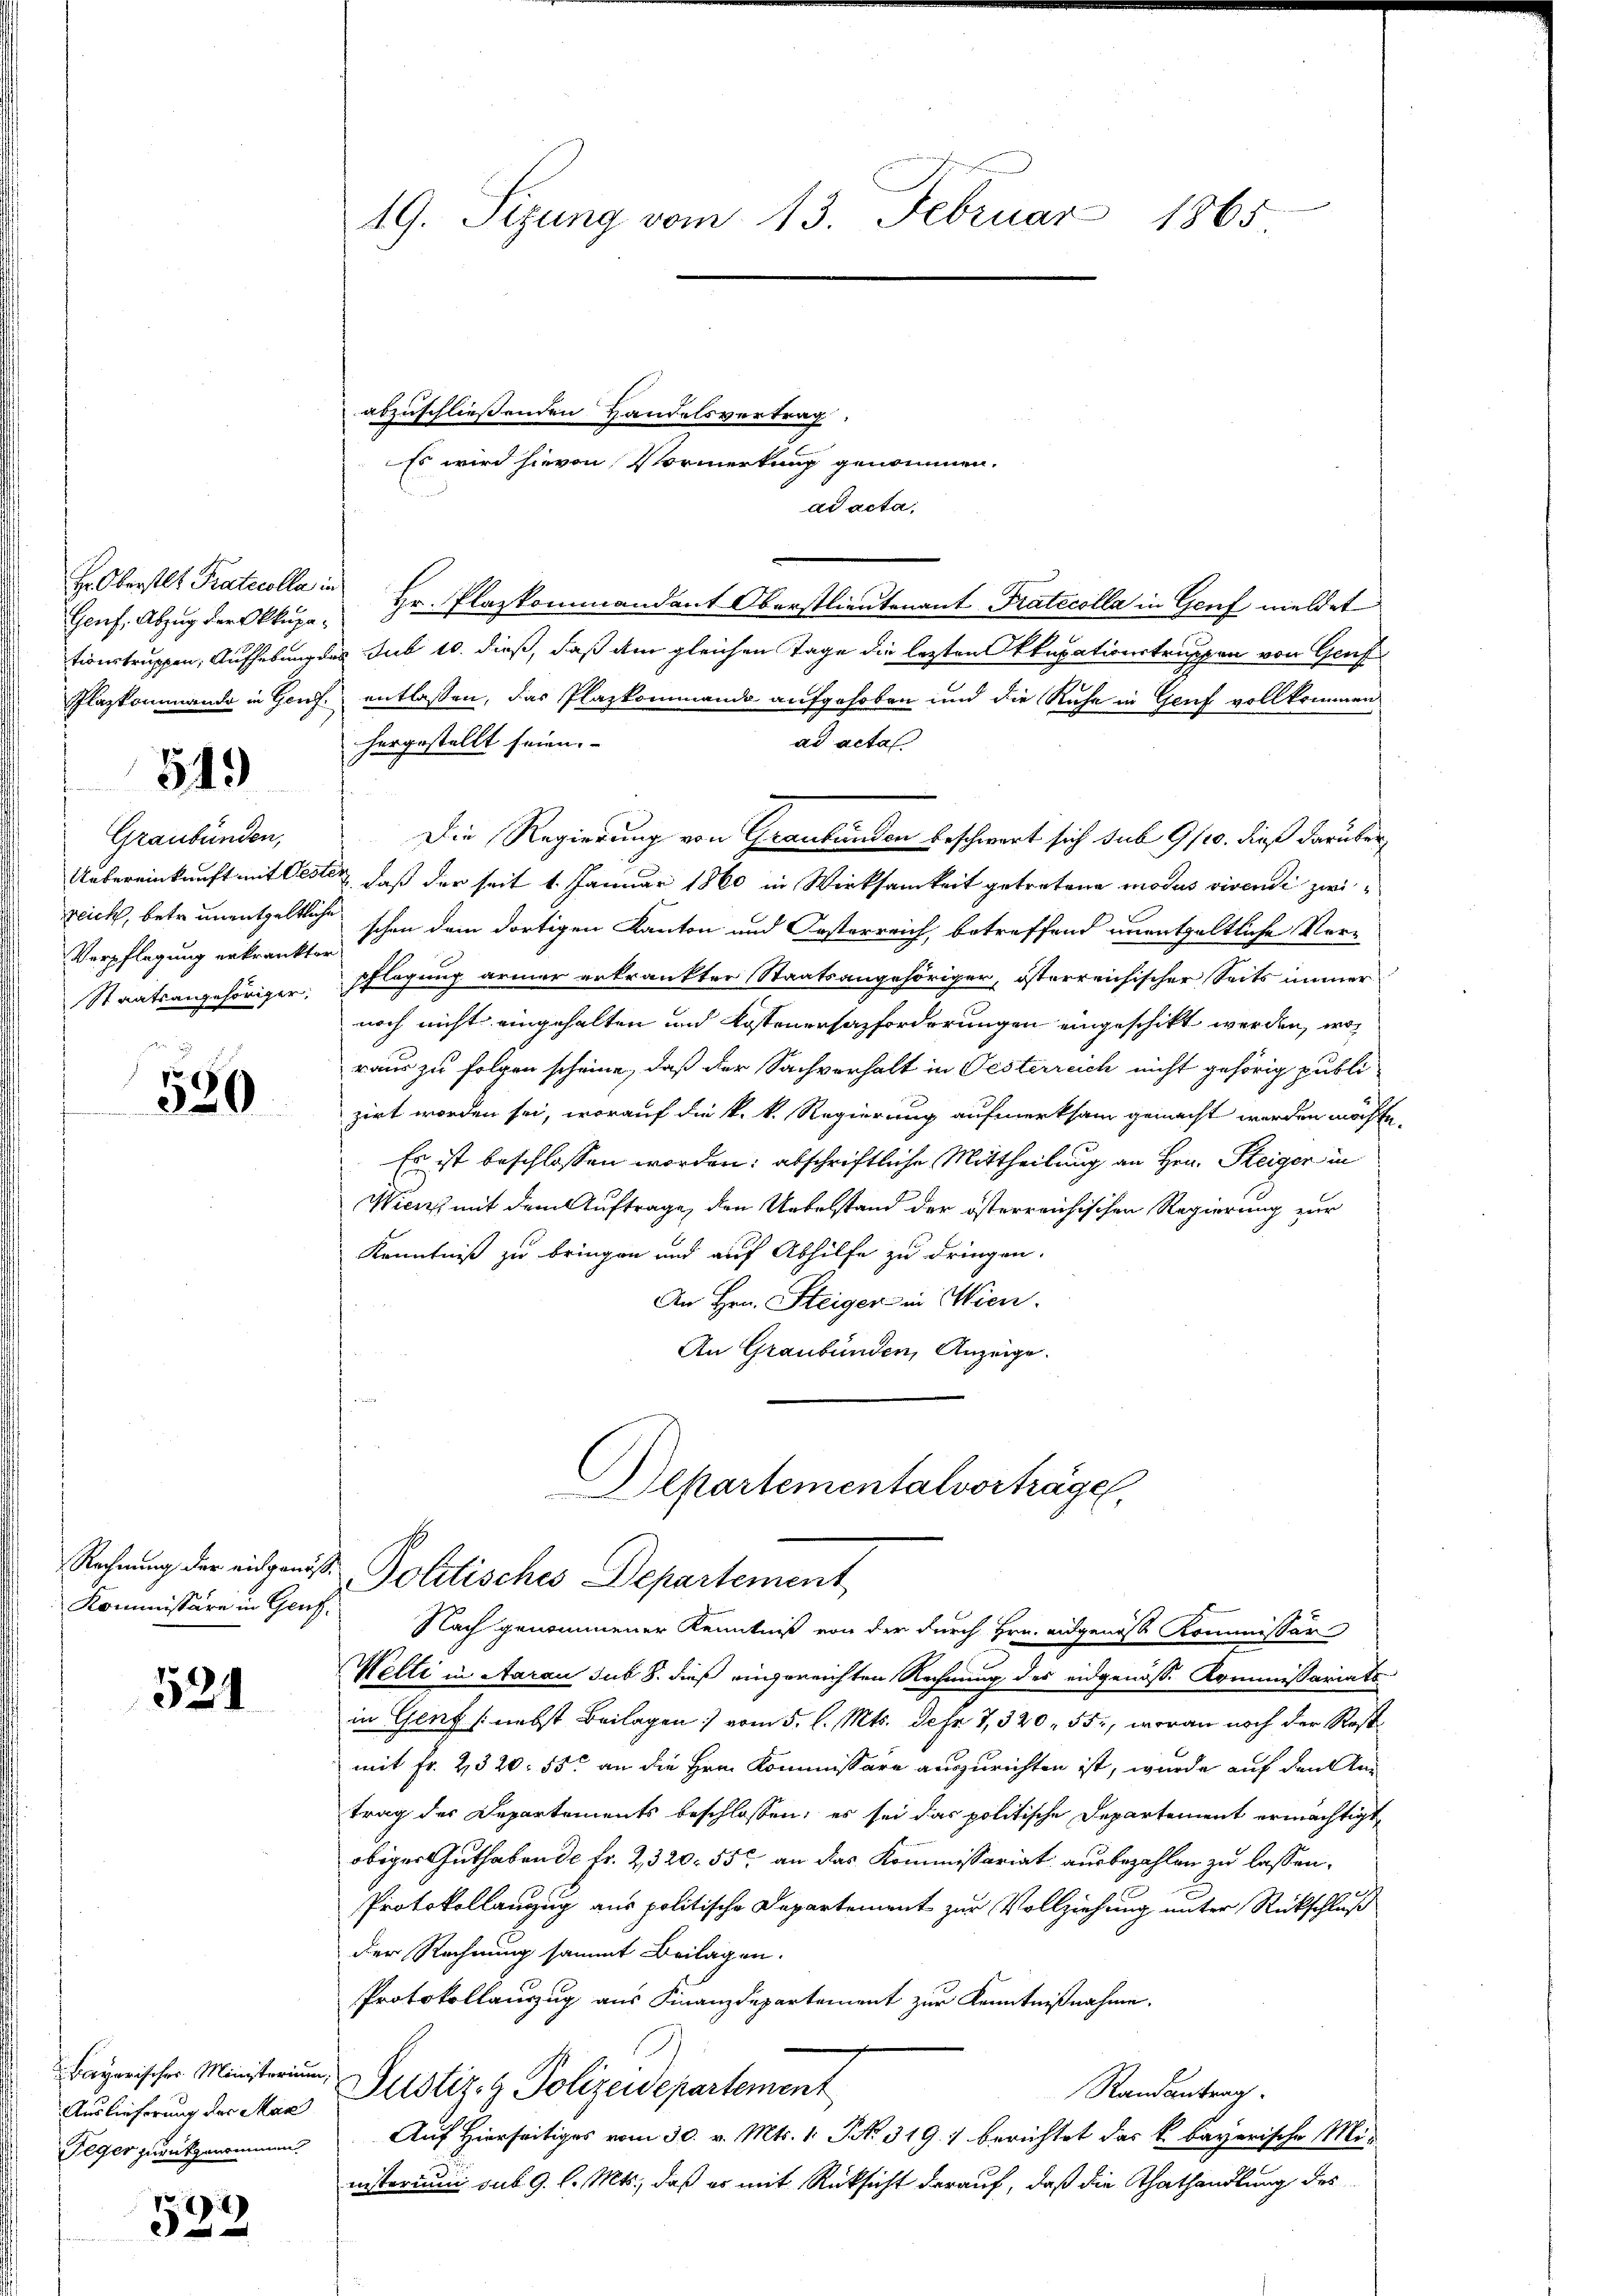
Genf. Abzug der Okkupa¬

549

Graubünden,
Verpflegung erkränkter

520

Rechnung der eidgenöß¬
Kommissäre in Genf.

521

Bayerischer Ministerium,
Auslieferung der Man
Feger zurückgenommen.

532

19. Sizung vom 13. Februar 1865

ad acta,
Heberstl. Protocolla in Hr. Plazkommandant Oberstlieutenant Pratecolla in Genf meldet
tionstruppen, Aufhebung des Sub 10. dieß, daß am gleichen Tage die lezten Okkupationstruppen von Genf
Plazkommando in Genf. entlassen, das Plazkommando aufgehoben und die Ruhe in Genf vollkommen
ad acta
hergestellt seien. |
Die Regierung von Graubünden beschwart sich sub 9/10. dieß darüber
Uebereinkunft mit Oester, daß der seit 1. Januar 1860 in Wirksamkeit getretene modus vivendi zwizeich, betr. unentgeltliche schon dem dortigen Kanton und Oesterreich, betreffend unentgeltliche Vor¬
Staatsangehöriger Pflegung armer erkrankter Staatsangehöriger, österreichischer Seits immer
noch nicht eingehalten und Kostenersazforderungen eingeschikt werden, wo
raus zu folgen scheine, daß der Sachverhalt in Oesterreich nicht gehörig publi-
zirt worden sei, worauf die k. k. Regierung aufmerksam gemacht werden möchte,
Es ist beschlossen worden: abschriftliche Mittheilung an Hrn. Steiger in
Wien mit dem Auftrage, den Uebelstand der österreichischen Regierung zur
Kenntniß zu bringen und auf Abhilfe zu dringen.
An Hrn. Steiger in Wien.
An Graubünden, Anzeige.

abzuschließenden Handelsvertrag.
Es wird hievon Vormerkung genommen.

Departementalvorträge,
Politisches Departement

Nach genommener Kenntniß von der durch Hrn. eidgenöß Kommissär
Welti in Aarau sub 8. dieß eingereichten Rechnung des eidgenosse Kommissariats-
in Genf (nebst Beilagen vom 5. l. Mts. Jahr 7, 320, 551, woran noch der Rest
mit Fr. 2320: 55. an die Hrn. Kommissäre auszurichten ist, wurde auf den Antrag der Departements beschlossen; es sei das politische Departement ermächtigt
obiger Guthaben de fr. 2320. 55 an das Kommissariat ausbezahlen zu lassen.
Protokollanzug aus politische Departement zur Vollziehung unter Rückschluß
der Rechnung sammt Beilagen.
Protokollauszug aus Finanzdepartement zur Kenntnißnahme.
Justiz- & Polizeidepartement
Randantrag.
Auf Hierseitiges vom 30. v. Mts. 1. No. 319. berichtet das k. bayerische Mi-
inisterium sub 9. l. Mts., daß er mit Rücksicht darauf, daß die Thathandlung des